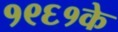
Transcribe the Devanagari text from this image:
१९६१के